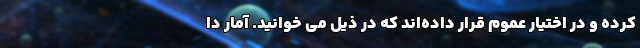
کرده‌ و در اختیار عموم قرار داده‌اند که در ذیل می خوانید. آمار دا